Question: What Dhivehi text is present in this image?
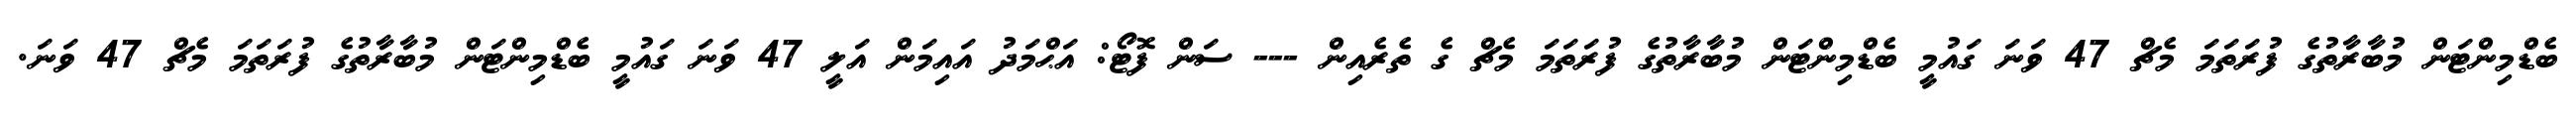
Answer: ބެޑްމިންޓަން މުބާރާތުގެ ފުރަތަމަ މެޗް 47 ވަނަ ގައުމީ ބެޑްމިންޓަން މުބާރާތުގެ ފުރަތަމަ މެޗް ގެ ތެރެއިން --- ސަން ފޮޓޯ: އަޙްމަދު އައިމަން އަލީ 47 ވަނަ ގައުމީ ބެޑްމިންޓަން މުބާރާތުގެ ފުރަތަމަ މެޗް 47 ވަނަ.